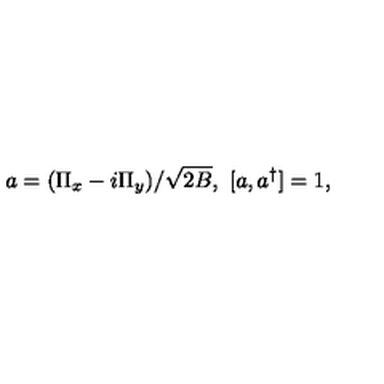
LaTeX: a = ( \Pi _ { x } - i \Pi _ { y } ) / \sqrt { 2 B } , \ [ a , a ^ { \dagger } ] = 1 ,